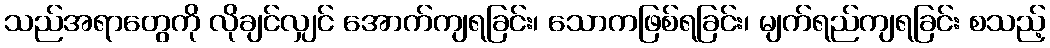
သည်အရာတွေကို လိုချင်လျှင် အောက်ကျရခြင်း၊ သောကဖြစ်ရခြင်း၊ မျက်ရည်ကျရခြင်း စသည့်